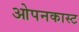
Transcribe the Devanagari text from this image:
ओपनकास्ट